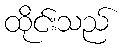
ထိုင်းသည်